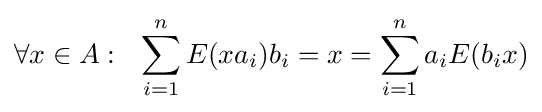
\forall x\in A:\ \ \sum _{i=1}^{n}E(xa_{i})b_{i}=x=\sum _{i=1}^{n}a_{i}E(b_{i}x)